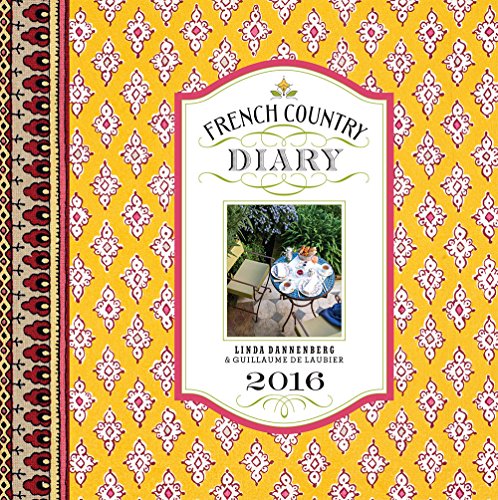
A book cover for French Country Diary 2016 Calendar; Linda Dannenberg; Calendars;